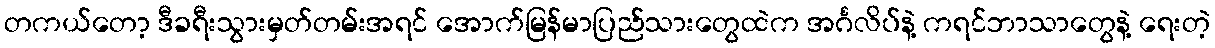
တကယ်တော့ ဒီခရီးသွားမှတ်တမ်းအရင် အောက်မြန်မာပြည်သားတွေထဲက အင်္ဂလိပ်နဲ့ ကရင်ဘာသာတွေနဲ့ ရေးတဲ့